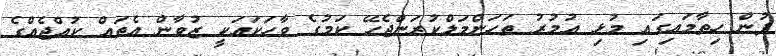
ފުން ހިތާމައިގައި މުޅި އުމުރު ތަހަންމަލްކުރަންޖެހޭ ކަމުގެ ވާހަކައަކީ ޒުވާން އެތައް ކުއްޖެއްގެ